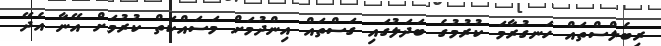
ރިބެލްސްތައް ހަނގުރާމަ ކުރުމުގެ ބަދަލުގައި ގަސްތައް އިންދުމަށް މަސައްކަތް ކުރުމަށް އޭނާ އެދޭ